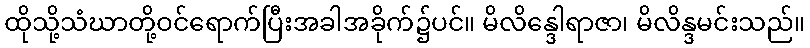
ထိုသို့သံဃာတို့ဝင်ရောက်ပြီးအခါအခိုက်၌ပင်။ မိလိန္ဒေါရာဇာ၊ မိလိန္ဒမင်းသည်။